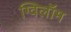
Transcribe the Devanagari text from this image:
ग्विलॉम